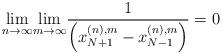
LaTeX: \begin{align*}\underset{n\to \infty}{\lim}\underset{m\to \infty}{\lim}\frac{1}{\left(x_{N+1}^{(n),m}-x_{N-1}^{(n),m}\right)}=0\end{align*}